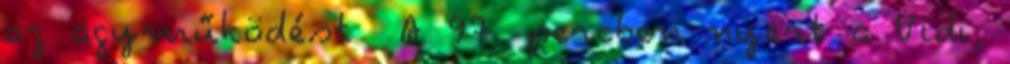
az agyműködést A 97. percben nyert a Vidi,